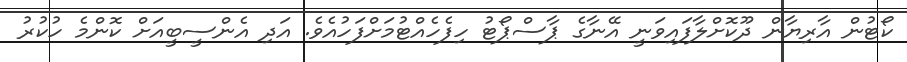
ކޯޓުން އާރިޔާން ދޫކޮށްލާފައިވަނީ އޭނާގެ ޕާސްޕޯޓު ހިފެހެއްޓުމަށްފަހުއެވެ. އަދި އެންސީބީއަށް ކޮންމެ ހުކުރު